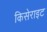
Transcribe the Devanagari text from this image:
किसेराइट